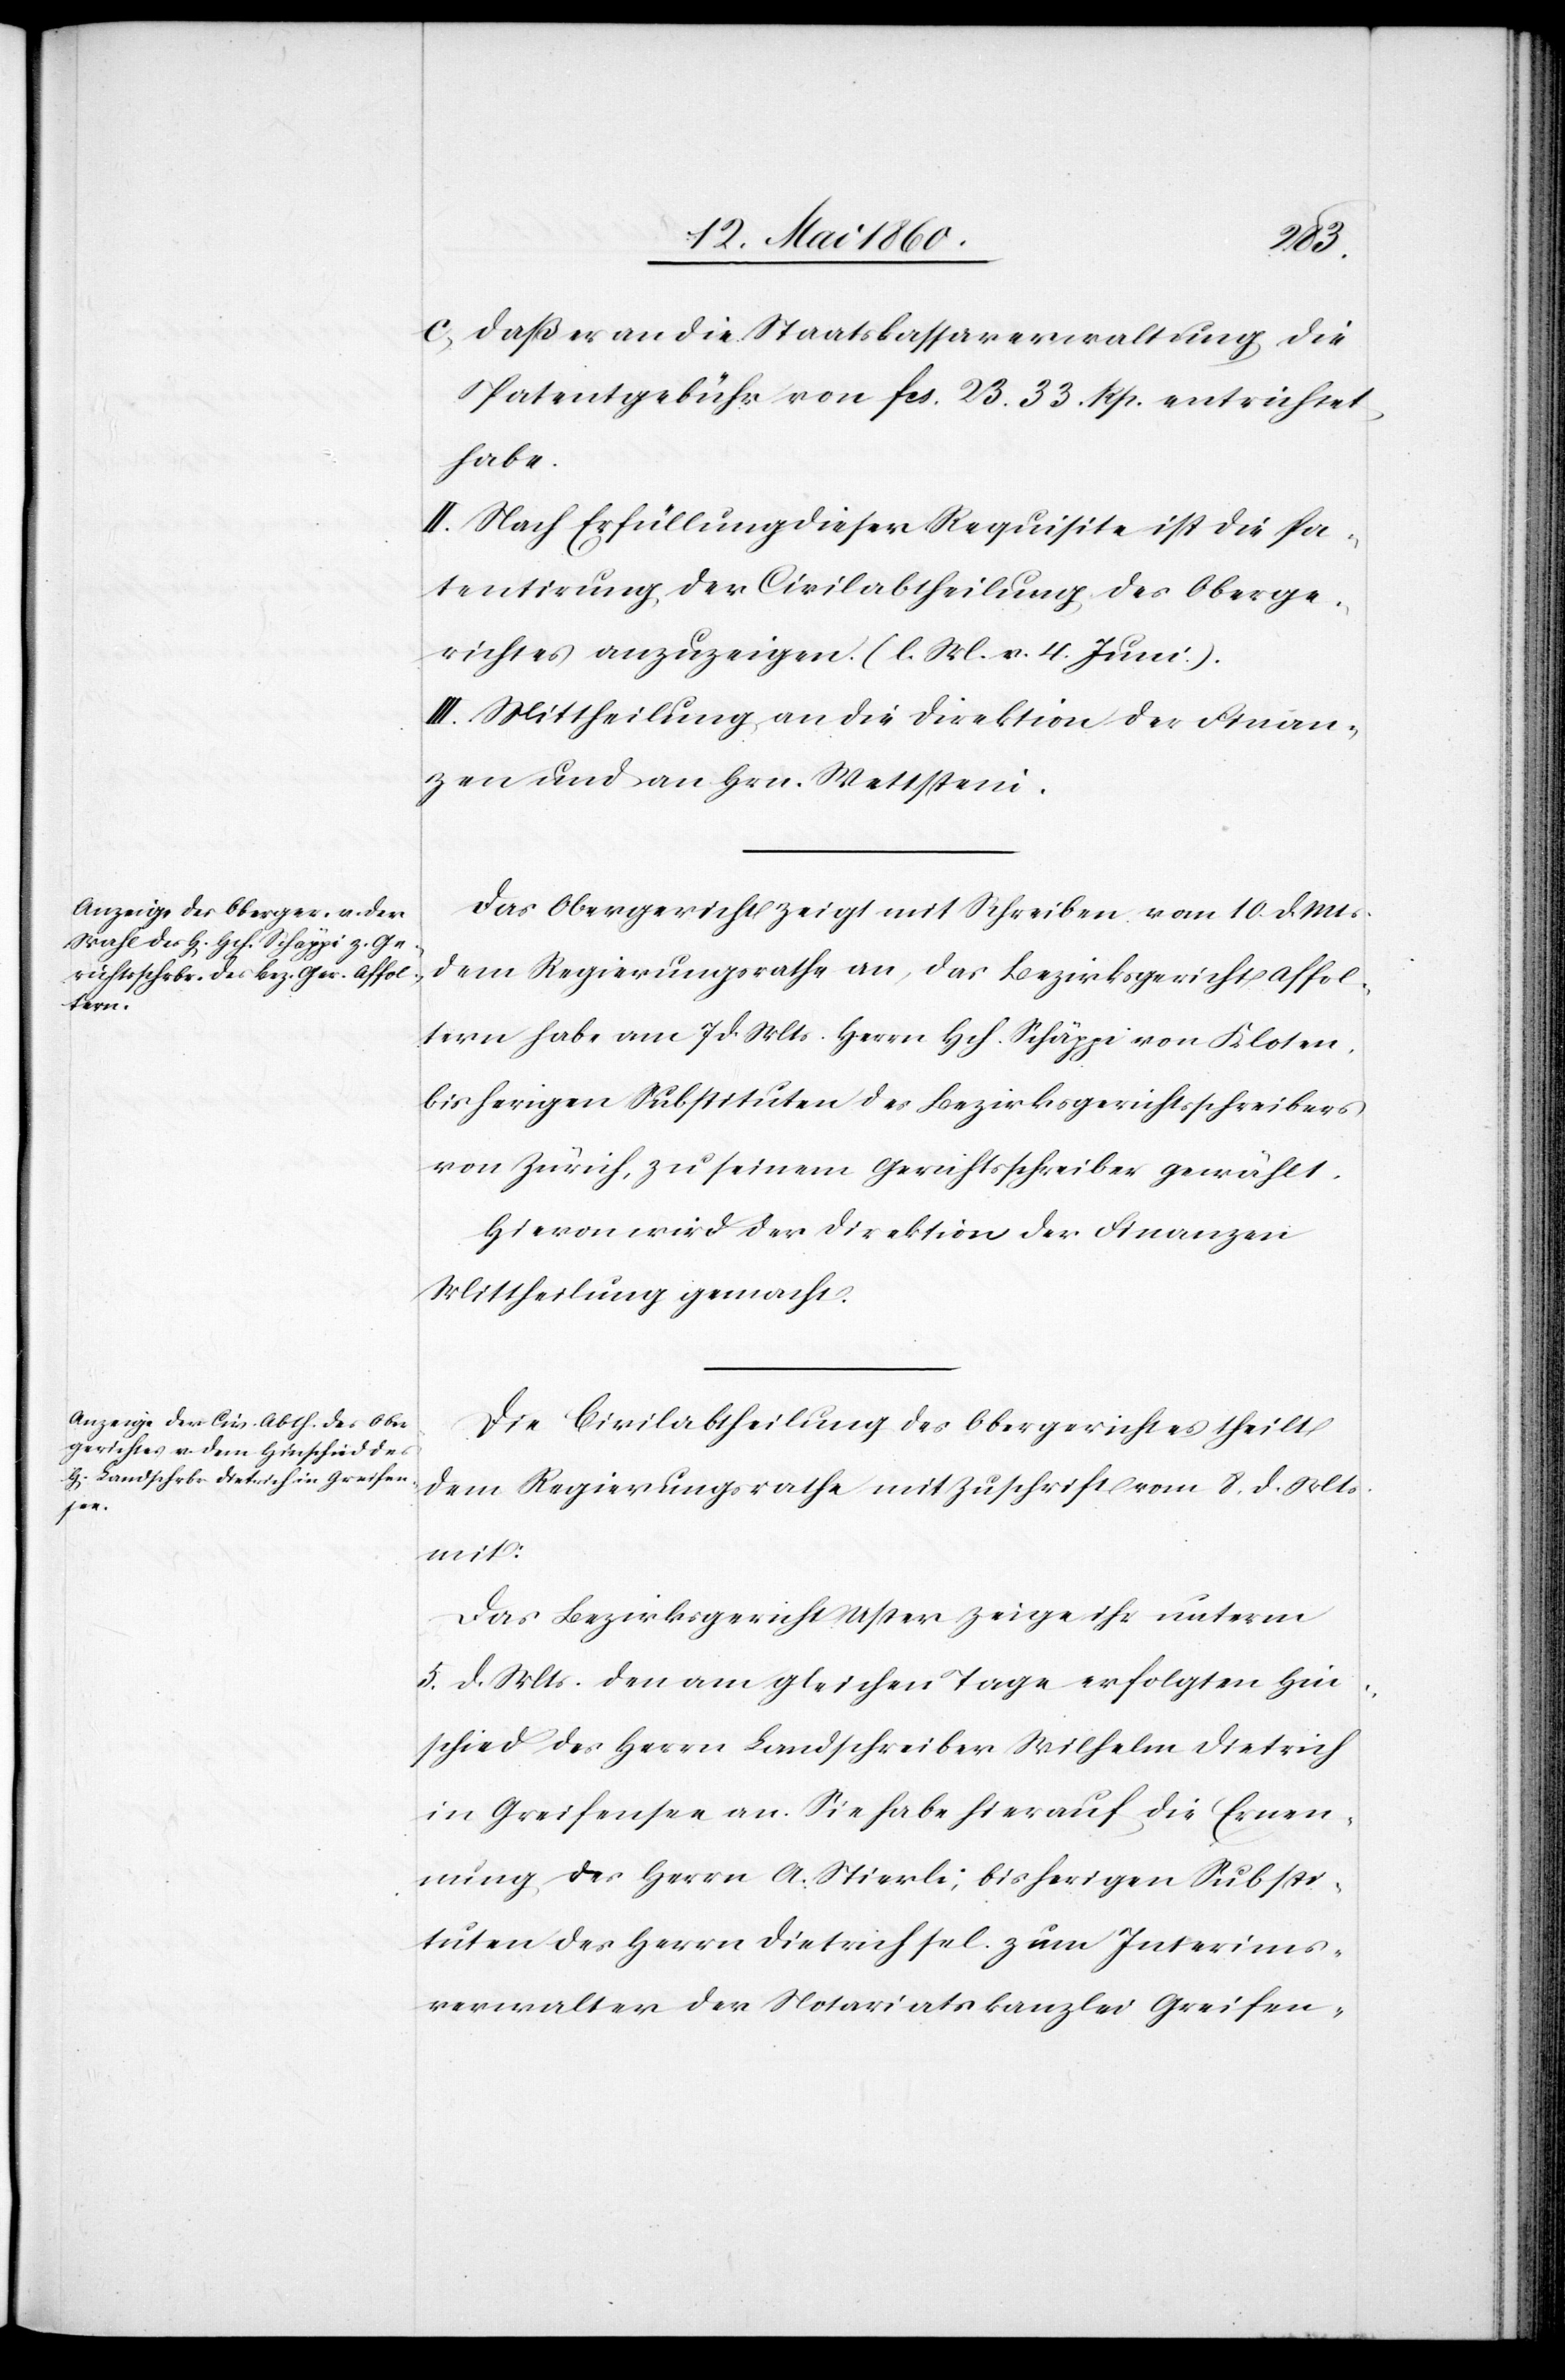
c) Dass er an die Staatskassaverwaltung die
Patentgebühr von fcs. 23. 33 Rp. entrichtet
habe.
II. Nach Erfüllung dieser Requisite ist die Pa¬
tentirung der Civilabtheilung des Oberge¬
richtes anzuzeigen. (l. M. v. 4. Juni)
III. Mittheilung an die Direktion der Finan¬
zen und an Hrn. Wettstein.
Das Obergericht zeigt mit Schreiben vom 10. d. Ms.
dem Regierungsrath an, das Bezirksgericht Affol¬
tern habe am 7. d. Mts. Herrn Hch. Schäppi von Kloten,
bisherigen Substituten des Bezirksgerichtsschreibers
von Zürich, zu seinem Gerichtsschreiber gewählt.
Hievon wird der Direktion der Finanzen
Mittheilung gemacht.
Die Civilabtheilung des Obergerichtes theilt
dem Regierungsrathe mit Zuschrift vom 8. d. Mts.
mit:
Das Bezirksgericht Uster zeige ihr unterm
5. d. Mts. den am gleichen Tage erfolgten Hin¬
schied des Herrn Landschreiber Wilhelm Dietrich
in Greifensee an. Sei habe hierauf die Ernen¬
nung des Herrn A. Stierli, bisherigen Substi¬
tuten des Herrn Dietrich sel. zum Interims¬
verwalter der Notariatskanzlei Greifen-